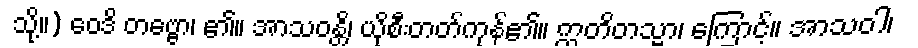
သို့။) ဝေဒိ တဗ္ဗော၊ ၏။ အာသဝန္တိ၊ ယိုစီးတတ်ကုန်၏။ ဣတိတသ္မာ၊ ကြောင့်။ အာသဝါ၊